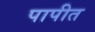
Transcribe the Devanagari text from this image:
पापीत